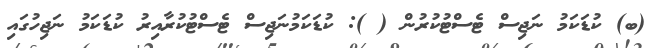
(ބ) ކުޑަކަމު ނަޖިސް ޓެސްޓުކުރުން ( ): ކުޑަކަމުނަޖިސް ޓެސްޓުކުރާއިރު ކުޑަކަމު ނަޖިހުގައި